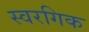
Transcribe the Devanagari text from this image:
स्वरगिक